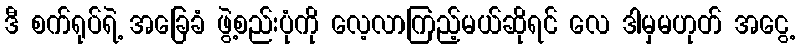
ဒီ စက်ရုပ်ရဲ့ အခြေခံ ဖွဲ့စည်းပုံကို လေ့လာကြည့်မယ်ဆိုရင် လေ ဒါမှမဟုတ် အငွေ့